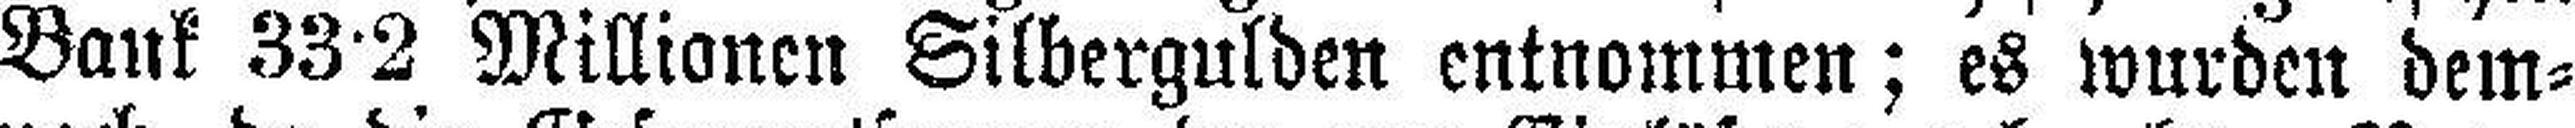
Bank 33•2 Millionen Silbergulden entnommen; es wurden dem¬